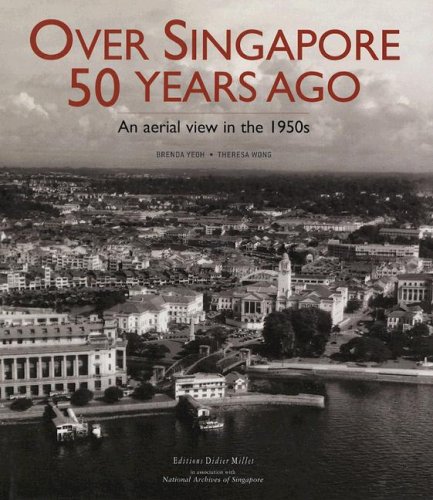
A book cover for Over Singapore 50 Years Ago; Brenda Yeoh; Travel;